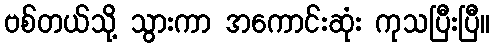
ဗစ်တယ်သို့ သွားကာ အကောင်းဆုံး ကုသပြီးပြီ။